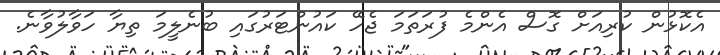
އެކޮޅުން ކުރިއަށް ގޮސް އެންމެ ފުރަތަމަ ޖެހޭ ކައުންޓަރުގައި ބުނެލީމަ ތިޔާ ހަވާލުވާނެ.